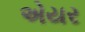
એયર